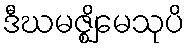
ဒီဃမဇ္ဈိမေသုပိ